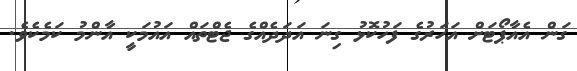
ގަން އެއާޕޯޓަށް އަހަރުގެ ފަހުކޮޅު ގިނަ އަދަދެއްގެ ޖެޓްތައް އައުމަކީ އާންމު ކަމެކެވެ.